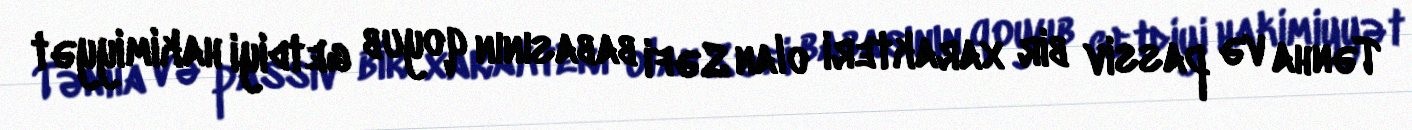
Tənha və passiv bir xarakteri olan Səfi babasının qoyub getdiyi hakimiyyət